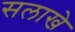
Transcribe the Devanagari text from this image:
सलाखे